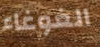
الغوغاء